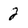
Character: 2